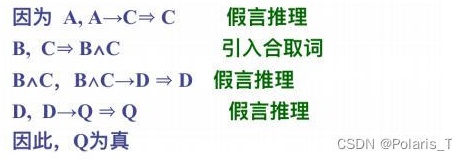
因为 \(A, A \to C \Rightarrow C\)  假言推理
\(B, C \Rightarrow B \land C\)  引入合取词
\(B \land C, B \land C \to D \Rightarrow D\)  假言推理
\(D, D \to Q \Rightarrow Q\)  假言推理
因此，\(Q\) 为真